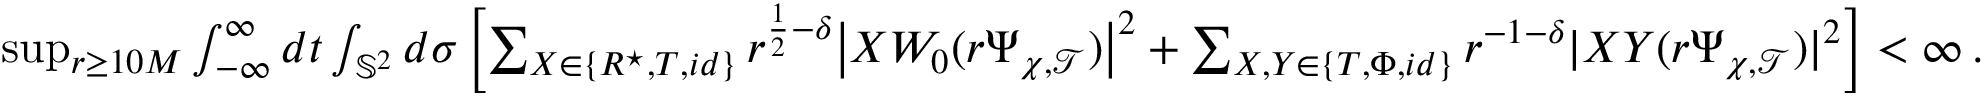
\begin{array} { r } { \operatorname* { s u p } _ { r \geq 1 0 M } \int _ { - \infty } ^ { \infty } d t \int _ { \mathbb { S } ^ { 2 } } d \sigma \left[ \sum _ { X \in \{ R ^ { \star } , T , i d \} } r ^ { \frac { 1 } { 2 } - \delta } \big | X W _ { 0 } ( r \Psi _ { \chi , \mathcal { T } } ) \big | ^ { 2 } + \sum _ { X , Y \in \{ T , \Phi , i d \} } r ^ { - 1 - \delta } | X Y ( r \Psi _ { \chi , \mathcal { T } } ) | ^ { 2 } \right] < \infty \, . } \end{array}